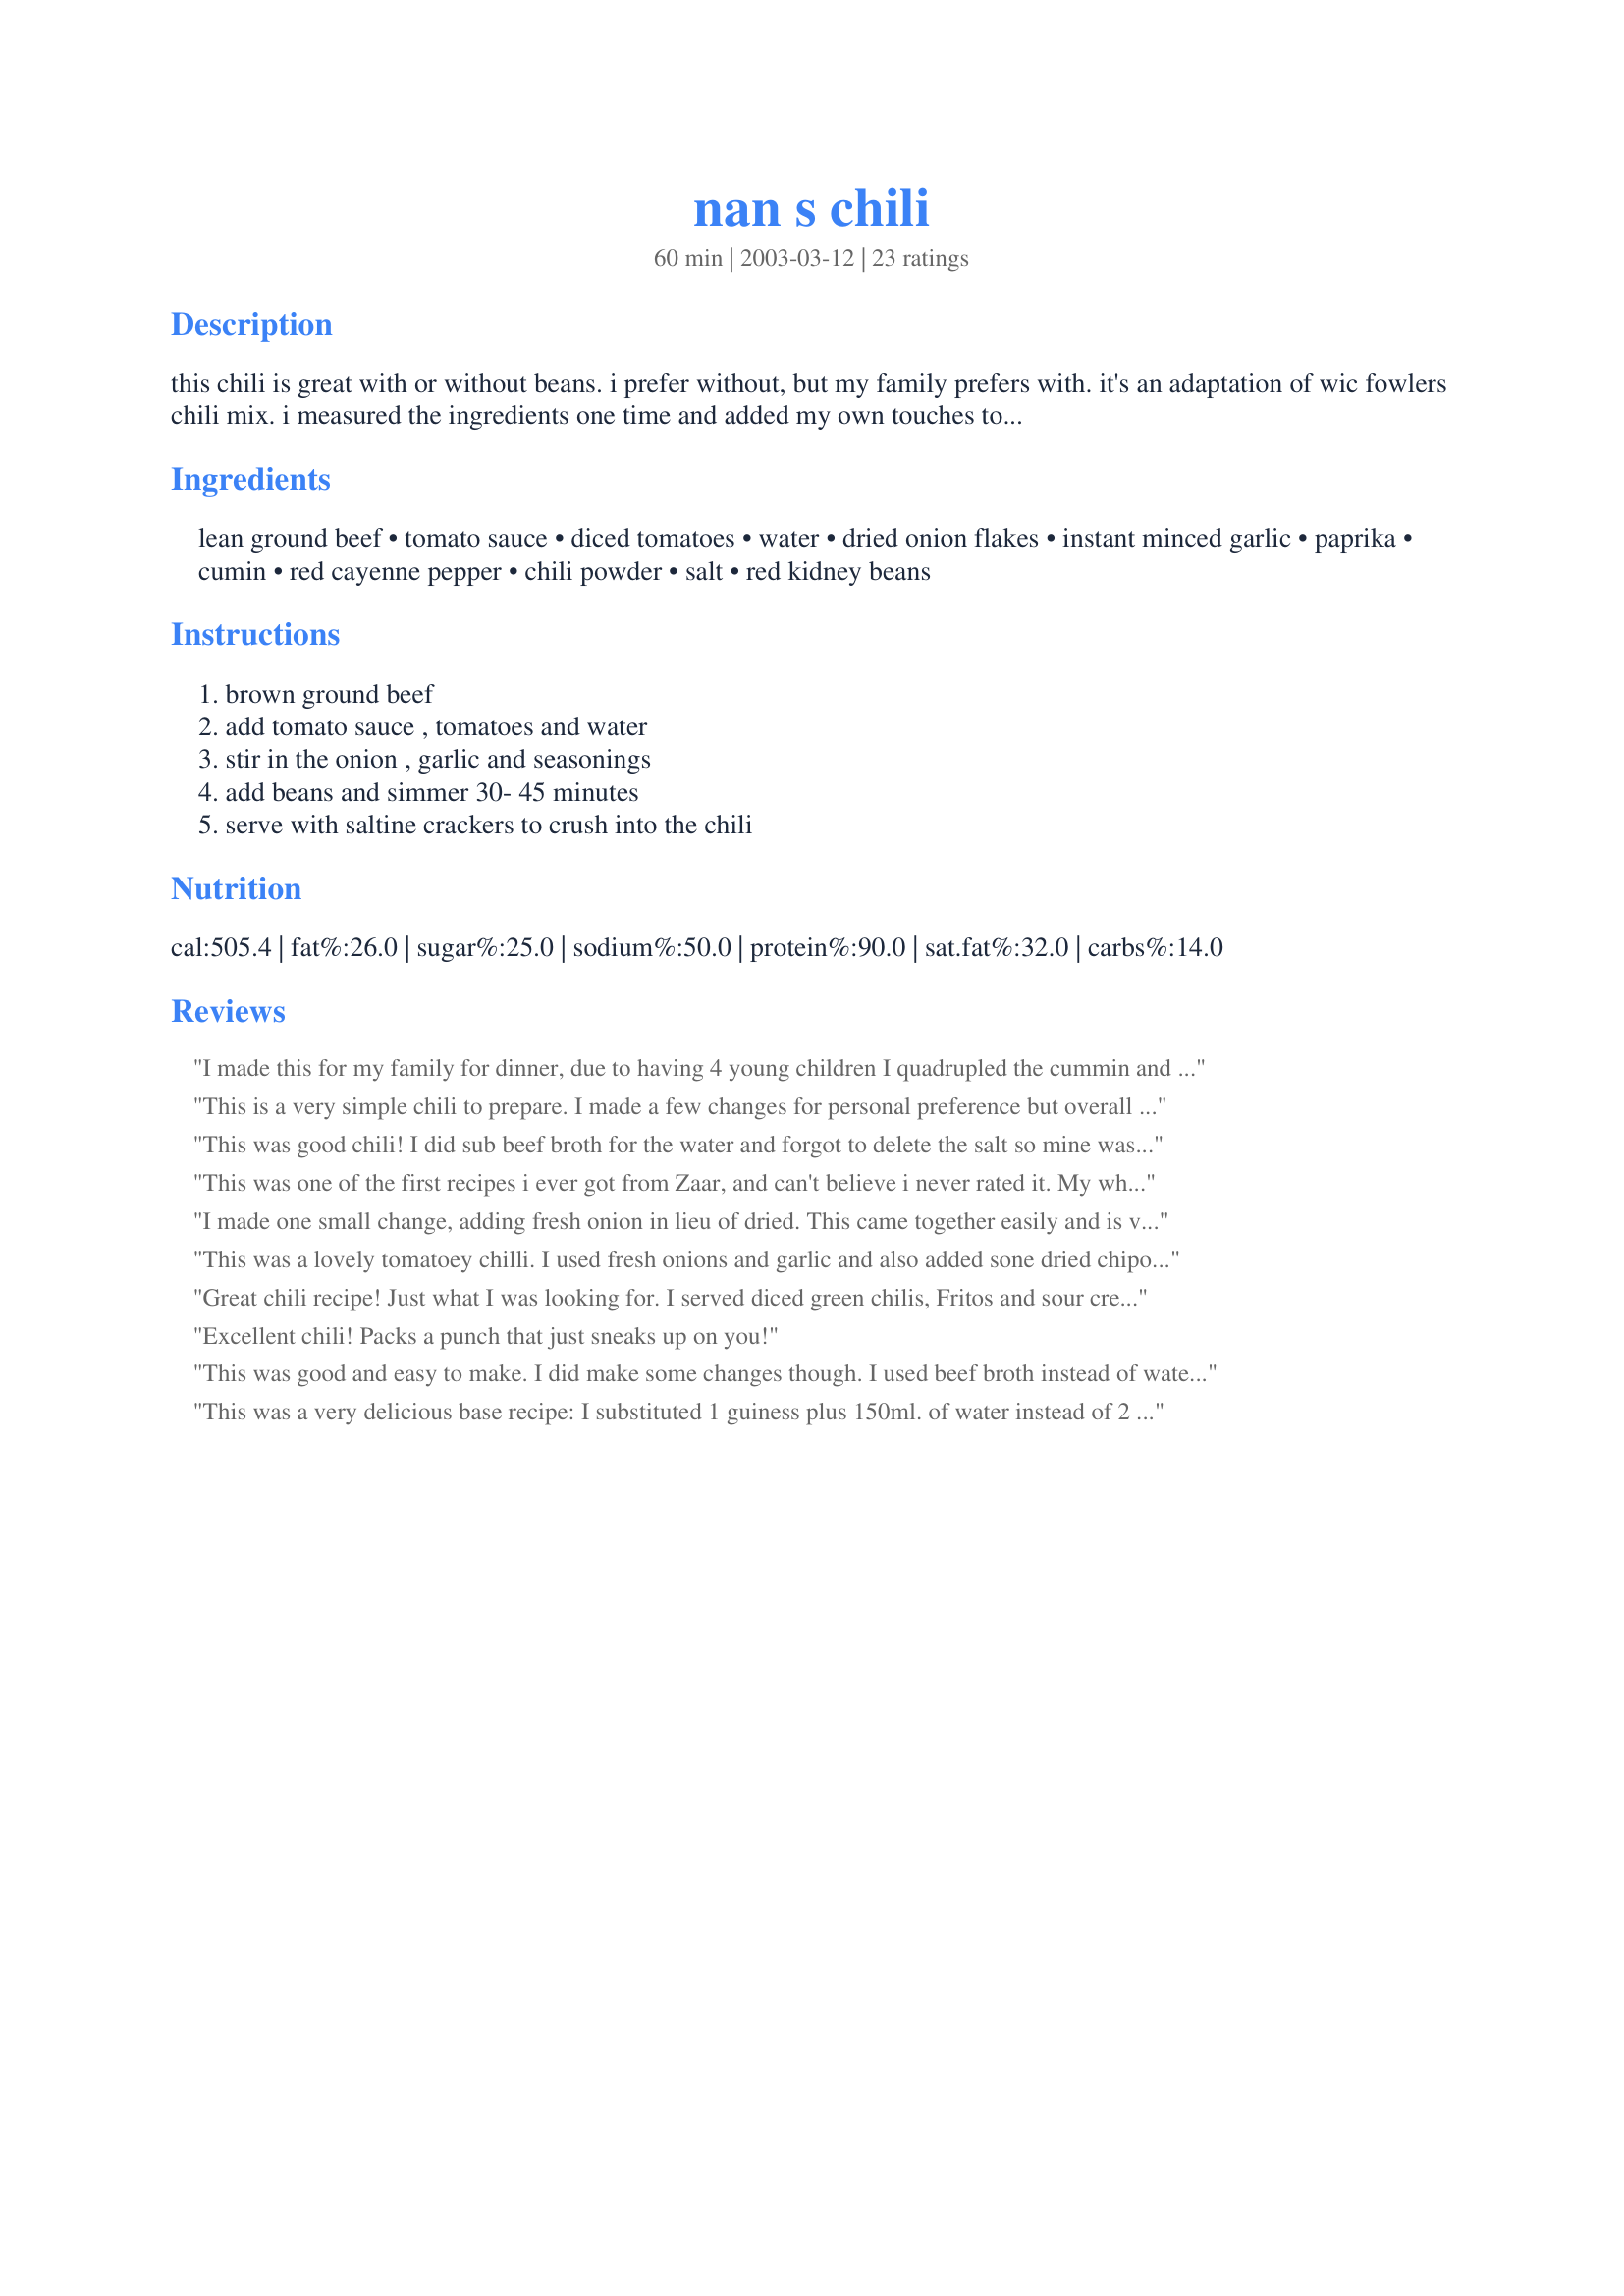
nan s chili
Preparation time: 60 minutes

this chili is great with or without beans. i prefer without, but my family prefers with. it's an adaptation of wic fowlers chili mix. i measured the ingredients one time and added my own touches to change the recipe to our taste. you can speed up cooking time using the pressure cooker for 15 minutes.

Ingredients:
lean ground beef, tomato sauce, diced tomatoes, water, dried onion flakes, instant minced garlic, paprika, cumin, red cayenne pepper, chili powder, salt, red kidney beans

Steps:
brown ground beef, add tomato sauce , tomatoes and water, stir in the onion , garlic and seasonings, add beans and simmer 30- 45 minutes, serve with saltine crackers to crush into the chili

Reviews:
I made this for my family for dinner, due to having 4 young children I quadrupled the cummin and only added 1/2 TB of chilli powder. I only used half the beef (and less water) and real onions. So good with sour cream, rice and corn chips. Left overs are going into puff pastrty with some grated cheese for "Chilli pasties". Next time I am going to add some grated some carrots and zucchini and hide the veggies from my kids. Made for ZWT8, The Fearless Red Dragons
This is a very simple chili to prepare. I made a few changes for personal preference but overall left the basic recipe alone. I used beef broth instead of water, left out the cumin and added half the salt and used 4 large frozen tomatoes in my freezer. I made this the day before I needed it so the flavours would have a chance to blend together. Thanks for such a tasty recipe.
This was good chili! I did sub beef broth for the water and forgot to delete the salt so mine was a "hair" salty, but delicious. Per PanNan's preference I left out the beans and it was meaty,thick and delicious, it will make fabulous chili dog topping! I think next time I make this I will add a can of green chiles to the mix to see how I like that addition. As always Nan, my compliments to the chef!
This was one of the first recipes i ever got from Zaar, and can't believe i never rated it. My whole family eats this without complaints. I'm going to adapt it and throw it in the crockpot next week...which makes it even better.
I made one small change, adding fresh onion in lieu of dried. This came together easily and is very tasty. This may be my fall-back go-to recipe from now on. Thanks PanNan - this isn&#039;t the first of your recipes that I&#039;ve thoroughly enjoyed.
This was a lovely tomatoey chilli. I used fresh onions and garlic and also added sone dried chipotle chilli's.
Great chili recipe! Just what I was looking for. I served diced green chilis, Fritos and sour cream on the side.
Excellent chili! Packs a punch that just sneaks up on you!
This was good and easy to make. I did make some changes though. I used beef broth instead of water and cut out the cayenne pepper. I also cut the chili powder down to two tablespoons and only used 1/2 teaspoon of salt. I also used black beans and white kidney beans. Ths was good the day I made it but even better the next day.
This was a very delicious base recipe: I substituted 1 guiness plus 150ml. of water instead of 2 cups water, added 2 tsp sugar, 2 cans spicy diced tomatoes, mushrooms, yellow, orange pepper & celery. Awesome meal!
I have so many different chili recipes I use (it's one of my all-time favorite meals) and I came across this and decided to try it after seeing the delicious looking photos of it! I made it for husband and I last week and we both LOVED IT!!! I did make a few small changes - but left "basic" recipe as is. I used 1.5 lbs of beef because that's what I had in my fridge (rather than 2 lbs), I pureed my can of diced tomatos in my food chopper as hubby doesn't like chunks of tomato and I added 1/2 green pepper (diced) to the chili because I like to get some veggies somewhere in my meals! I also let it simmer for MUCH longer (almost 4 hours) to "merry" all of the tastes more.... it was SO perfect and will definitely make it again. We added a bit of grated mexican cheese on the top... and had garlic sticks on the side! We had it for leftovers the next day (lunch) and it was even BETTER!! Yum!!!!!
This was a very nice chili for a cold night. Easy to prepare & the results were terrific. I added 1 onion & subbed a chipotle pepper for the cayenne. It does have the flavor of the Wick Fowler packets. Thanks PanNan for another terrific recipe!
I really enjoyed this nice chili. It was simple to make and had a lot of flavor. Thanks for sharing, Nan. Made for Susie's World Tour.
Loved this chili! I like the petite diced tomatoes so I did use 2 cans instead of one, vegetable stock, red pepper flakes, and the salt to taste. This is definitely a keeper. Made and reviewed for Susie's World Tour.
Although I changed a few things (like less chili powder for the kiddies), this was a very good chili. I used one pound of ground beef and one pound of small red kidney beans as well as a little sugar (probably 1 tsp or less). I usually try to sneak in a few healthy extras in my soups, so I added about 1/3 cup rolled oats and one green bell pepper disguised by chopping it into small bits in my blender. The rest of the family never noticed and even my very picky sister gobbled it up--she said it reminded her of Krystal's chili. I guess that's a good thing since she likes Krystal's!
Perfect Spiciness!!!
As one of those people who has always slow cooked cooked chili for 2-3 hours to get it just so, I was just bowled over by the fabulous flavor of this dish. It was smoky and spicy and meaty with spices running throughout every savory bite. I used ground turkey which can a particular challenge for beefy chili - in this one it worked just fine. I was making a small batch with 1 pound of meat and tossed in a full can of tomatoes. That turned out to be just the right consistency for me 'cause I do like to slurp my chili a bit. Thanks PanNan!
Really nice chilli! I think I made a fairly good guess on how much diced tomatoes to add because the chilli turned out great! I halved this for the two of us, used those yummy kidney beans, and 2 tsp of Australian chilli powder - very different to the stuff you use I assure you!! Nice and spicy, we both really enjoyed - thanks for posting! PS For the sake of us that don't live in the US, please put some sort of measurements - a 'can' doesn't mean much!
this is pure comfort food, and is very similat to the way i make mine, so of course we loved it. i used freh chopped onions and 2 jalapenos, seeded and diced. i also used chipolte chili powder, 3 tbsp, nicely spicy.
delicious, easy and dinner in an hr and a half start it up and relax, i stirred every 20 minutes or so
Excellant chili! I made it alittle more mild. Very easy to make...
I think this was the best chili I've ever had. Although I had to alter it a bit for 'the fussy' man (he likes it very thick). I used 1 can of sauce, omitted the water, used about a cup of fresh onions instead of dried, added a cup of green peppers, used fresh minced garlic and threw it all in the crock pot on high for about 5-6 hrs. I thought it was just the perfect amount of heat but I think next time I will cut down just a bit on the cayene & chili powder per 'his' preferences. But, I now have finally found my chili recipe and will look no further!! Thanks PanNan!
I like to do a mix of kidney and pinto beans, but delicious wither way.
Everyone gave this a huge High Five Stars. I did reduce the chili powder and cayenne pepper for the weenies in this household. I also added mushrooms as a personal preference. This was wonderful. My pot of chili is almost gone and I was hoping for left overs. Thanks for my new chili recipe!!!!
